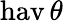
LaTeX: \operatorname{hav}\theta